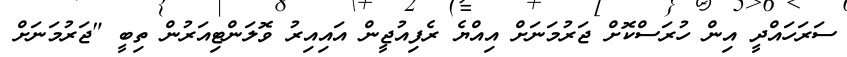
ސަރަހައްދީ އިން ހުރަސްކޮށް ޖަރުމަނަށް އިއްޔެ ރެފިއުޖީން އައިއިރު ވޮލަންޓިއަރުން ތިބީ "ޖަރުމަނަށް